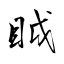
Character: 眓